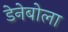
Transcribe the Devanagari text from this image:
डेनेबोला